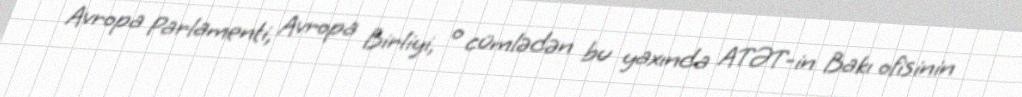
Avropa Parlamenti, Avropa Birliyi, o cümlədən bu yaxında ATƏT-in Bakı ofisinin